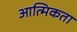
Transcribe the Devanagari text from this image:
आत्मिकता